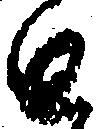
と